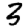
Digit: 3